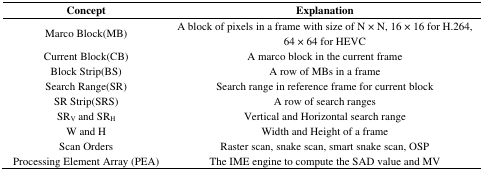
| Concept | Explanation |
 | --- | --- |
 | Marco Block(MB) | A block of pixels in a frame with size of N × N, 16 × 16 for H.264, 64 × 64 for HEVC |
 | Current Block(CB) | A marco block in the current frame |
 | Block Strip(BS) | A row of MBs in a frame |
 | Search Range(SR) | Search range in reference frame for current block |
 | SR Strip(SRS) | A row of search ranges |
 | SRV and SRH | Vertical and Horizontal search range |
 | W and H | Width and Height of a frame |
 | Scan Orders | Raster scan, snake scan, smart snake scan, OSP |
 | Processing Element Array (PEA) | The IME engine to compute the SAD value and MV |